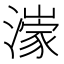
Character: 𱩟